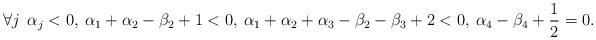
LaTeX: \begin{align*}\forall j\:\: \alpha_{j}<0 ,\: \alpha_{1}+\alpha_{2}-\beta_{2}+1<0,\: \alpha_{1}+\alpha_{2}+\alpha_{3}-\beta_{2}-\beta_{3}+2<0,\:\alpha_{4}-\beta_{4}+\frac{1}{2}=0. \end{align*}